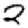
Digit: 2